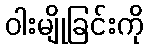
ဝါးမျိုခြင်းကို